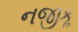
નજીકૢ